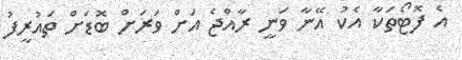
އެ ފޮޓޯތަކާ އެކު އޭނާ ވަނީ ރާއްޖެ އަށް ވަރަށް ބޮޑަށް ތައުރީފު